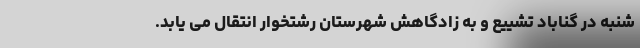
شنبه در گناباد تشییع و به زادگاهش شهرستان رشتخوار انتقال می یابد.